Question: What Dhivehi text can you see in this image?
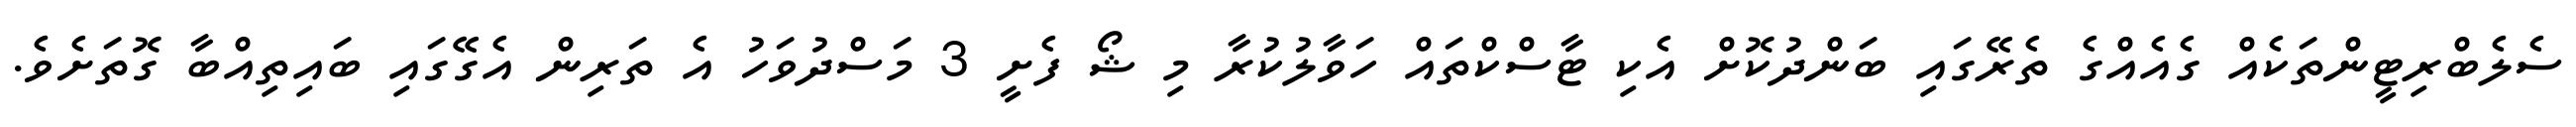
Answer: ސެލެބްރިޓީންތަކެއް ގެއެއްގެ ތެރޭގައި ބަންދުކޮށް އެކި ޓާސްކްތައް ހަވާލުކުރާ މި ޝޯ ފެށީ 3 މަސްދުވަހު އެ ތަރިން އެގޭގައި ބައިތިއްބާ ގޮތަށެވެ.